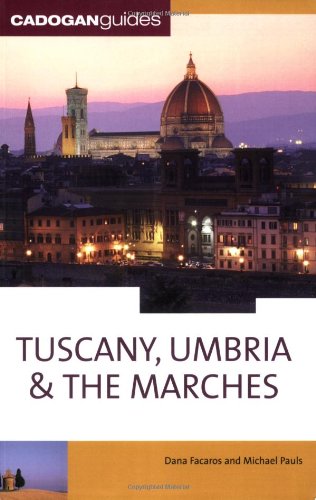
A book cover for Tuscany Umbria & the Marches, 10th (Country & Regional Guides - Cadogan); Michael Pauls; Travel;